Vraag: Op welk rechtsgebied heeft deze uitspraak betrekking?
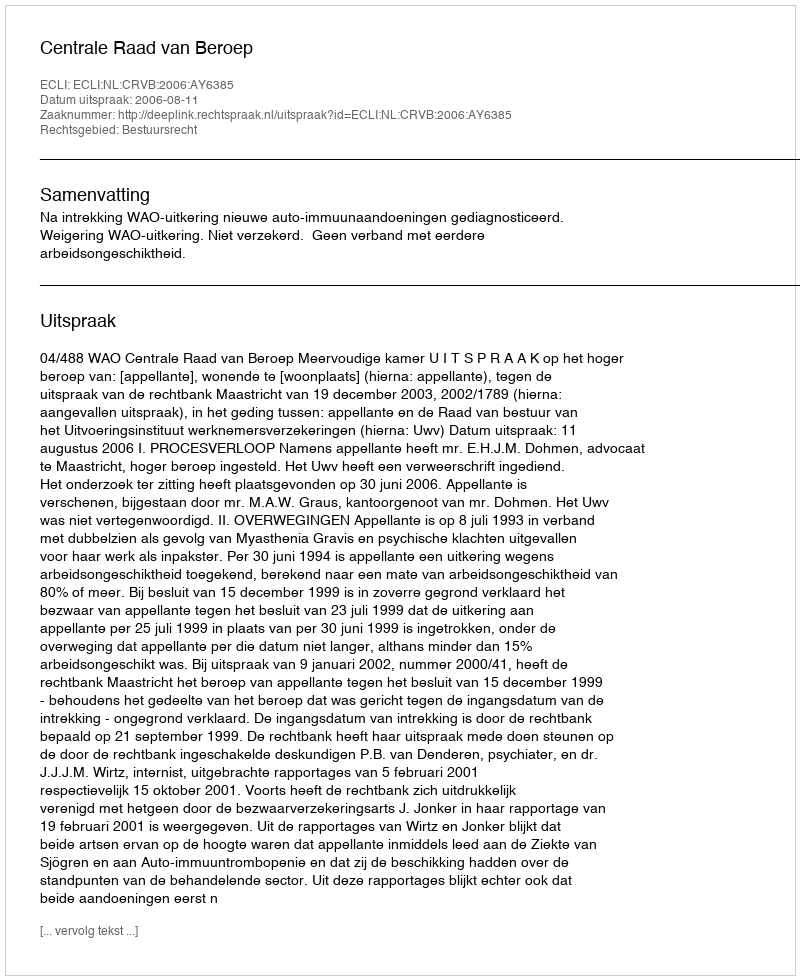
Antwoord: Bestuursrecht